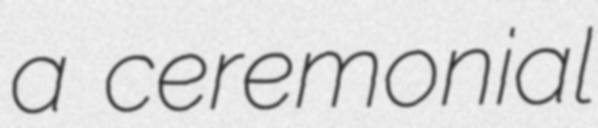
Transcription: a ceremonial